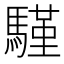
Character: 𩥕